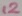
Text: 12